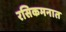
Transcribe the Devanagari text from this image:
रसिकमनात